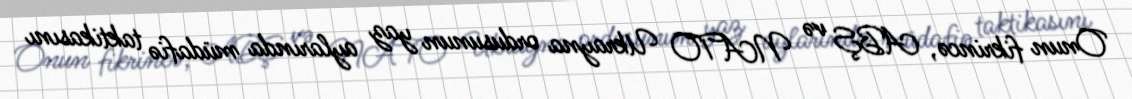
Onun fikrincə, ABŞ və NATO Ukrayna ordusunun yaz aylarında müdafiə taktikasını